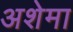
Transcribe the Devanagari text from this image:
अशेमा